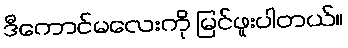
ဒီကောင်မလေးကို မြင်ဖူးပါတယ်။